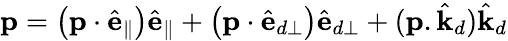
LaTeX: \mathbf{p}=\left(\mathbf{p}\cdot\hat{\mathbf{e}}_{\parallel}\right)\hat{\mathbf{e}}_{\parallel}+\left(\mathbf{p}\cdot\hat{\mathbf{e}}_{d\perp}\right)\hat{\mathbf{e}}_{d\perp}+(\mathbf{p}.\hat{\mathbf{k}}_{d})\hat{\mathbf{k}}_{d}